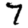
Digit: 7